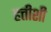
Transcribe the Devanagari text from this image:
हत्तीशी